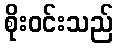
စိုးဝင်းသည်